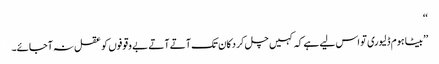
‘‘
’’بیٹا ہوم ڈلیوری تو اس لیے ہے کہ کہیں چل کر دکان تک آتے آتے بے وقوفوں کو عقل نہ آجائے۔